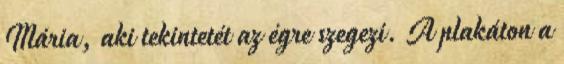
Mária, aki tekintetét az égre szegezi. A plakáton a